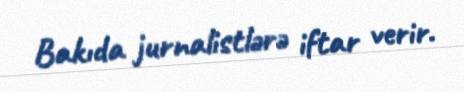
Bakıda jurnalistlərə iftar verir.